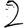
Digit: 2